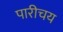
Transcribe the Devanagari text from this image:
पारीचय